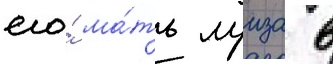
его́ ма́ть луиза в